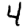
Digit: 4